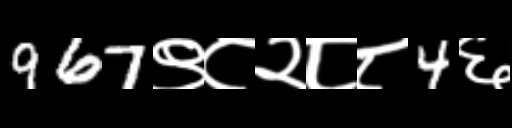
Text: 967९८२८८4६